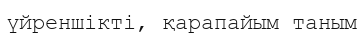
үйреншікті, қарапайым таным